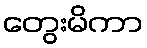
တွေးမိကာ